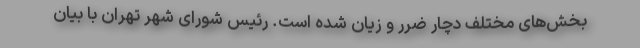
بخش‌های مختلف دچار ضرر و زیان شده است. رئیس شورای شهر تهران با بیان